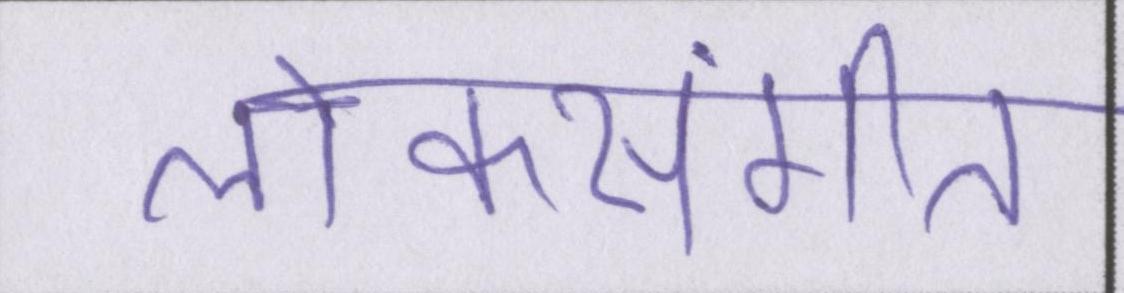
लोकसंगीत